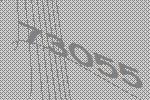
73055